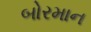
બોરમાન